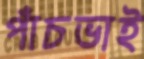
পাঁচভাই